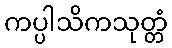
ကပ္ပါသိကသုတ္တံ